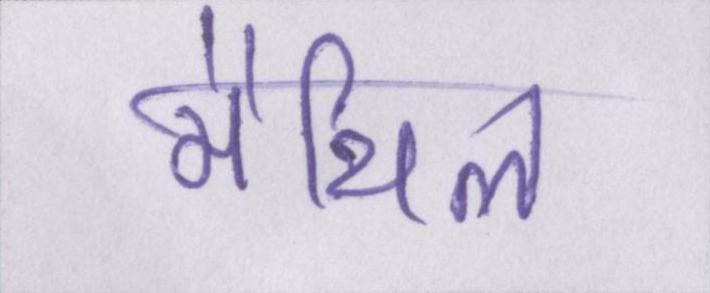
मैथिल